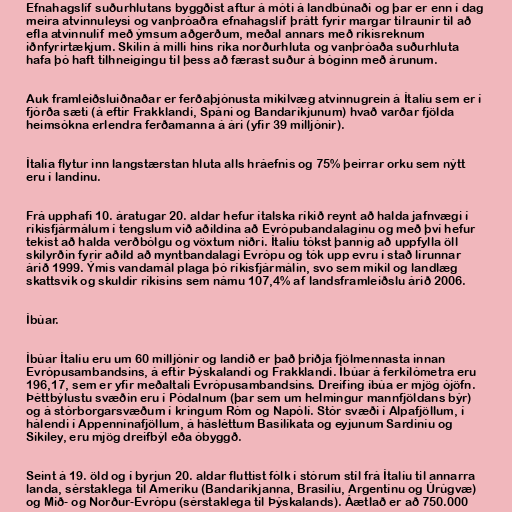
Efnahagslíf suðurhlutans byggðist aftur á móti á landbúnaði og þar er enn í dag
meira atvinnuleysi og vanþróaðra efnahagslíf þrátt fyrir margar tilraunir til að
efla atvinnulíf með ýmsum aðgerðum, meðal annars með ríkisreknum
iðnfyrirtækjum. Skilin á milli hins ríka norðurhluta og vanþróaða suðurhluta
hafa þó haft tilhneigingu til þess að færast suður á bóginn með árunum.

Auk framleiðsluiðnaðar er ferðaþjónusta mikilvæg atvinnugrein á Ítalíu sem er í
fjórða sæti (á eftir Frakklandi, Spáni og Bandaríkjunum) hvað varðar fjölda
heimsókna erlendra ferðamanna á ári (yfir 39 milljónir).

Ítalía flytur inn langstærstan hluta alls hráefnis og 75% þeirrar orku sem nýtt
eru í landinu.

Frá upphafi 10. áratugar 20. aldar hefur ítalska ríkið reynt að halda jafnvægi í
ríkisfjármálum í tengslum við aðildina að Evrópubandalaginu og með því hefur
tekist að halda verðbólgu og vöxtum niðri. Ítalíu tókst þannig að uppfylla öll
skilyrðin fyrir aðild að myntbandalagi Evrópu og tók upp evru í stað lírunnar
árið 1999. Ýmis vandamál plaga þó ríkisfjármálin, svo sem mikil og landlæg
skattsvik og skuldir ríkisins sem námu 107,4% af landsframleiðslu árið 2006.

Íbúar.

Íbúar Ítalíu eru um 60 milljónir og landið er það þriðja fjölmennasta innan
Evrópusambandsins, á eftir Þýskalandi og Frakklandi. Íbúar á ferkílómetra eru
196,17, sem er yfir meðaltali Evrópusambandsins. Dreifing íbúa er mjög ójöfn.
Þéttbýlustu svæðin eru í Pódalnum (þar sem um helmingur mannfjöldans býr)
og á stórborgarsvæðum í kringum Róm og Napólí. Stór svæði í Alpafjöllum, í
hálendi í Appennínafjöllum, á hásléttum Basilíkata og eyjunum Sardiníu og
Sikiley, eru mjög dreifbýl eða óbyggð.

Seint á 19. öld og í byrjun 20. aldar fluttist fólk í stórum stíl frá Ítalíu til annarra
landa, sérstaklega til Ameríku (Bandaríkjanna, Brasilíu, Argentínu og Úrúgvæ)
og Mið- og Norður-Evrópu (sérstaklega til Þýskalands). Áætlað er að 750.000